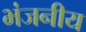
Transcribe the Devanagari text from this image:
भंजनीय